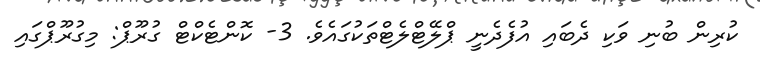
ކުރިން ބުނި ވަކި ދެބައި އުފެދެނީ ޕްލޭޓްލެޓްތަކުގައެވެ. 3- ކޮންޓެކްޓް ގުރޫޕް: މިގުރޫޕްގައި